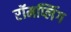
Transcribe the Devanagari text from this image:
रॉमप्लिंग